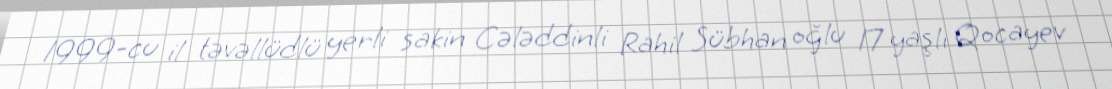
1999-cu il təvəllüdlü yerli sakin Cələddinli Rahil Sübhan oğlu 17 yaşlı Qocayev